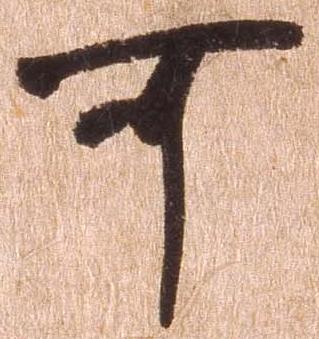
可